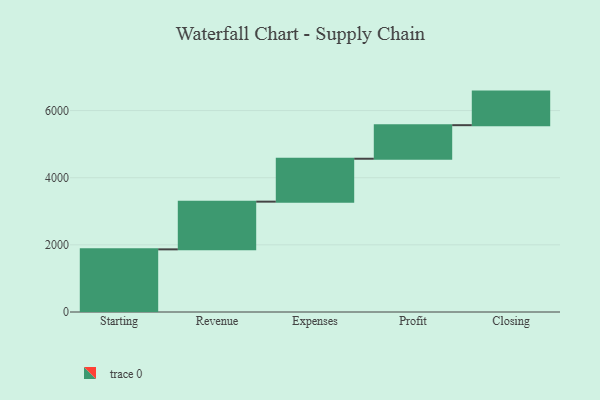
{"axis": {"x": "Step", "y": "Value"}, "legend": [""], "data": [{"x": "Starting", "y": 1866.0, "type": ""}, {"x": "Revenue", "y": 1421.0, "type": ""}, {"x": "Expenses", "y": 1278.0, "type": ""}, {"x": "Profit", "y": 1000, "type": ""}, {"x": "Closing", "y": 1000, "type": ""}]}